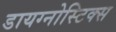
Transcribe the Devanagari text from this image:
डायग्नोस्टिक्स